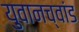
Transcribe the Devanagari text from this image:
युवानच्वांड